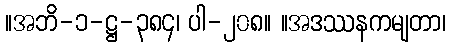
။အဘိ-၁-ဋ္ဌ-၃၈၄၊ ပါ-၂၀၈။ ။အဒဿနကမျတာ၊